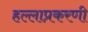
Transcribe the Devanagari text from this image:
हल्लाप्रकरणी